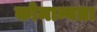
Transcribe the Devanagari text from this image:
कोमान्यता